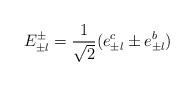
LaTeX: \begin{align*}E_{\pm l}^{\pm }=\frac{1}{\sqrt{2}}(e_{\pm l}^{c}\pm e_{\pm l}^{b})\end{align*}